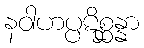
နဝါဟပ္ပဋိစ္ဆန္နာ